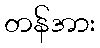
တန်အား